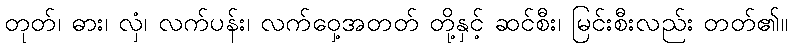
တုတ်၊ ဓား၊ လှံ၊ လက်ပန်း၊ လက်ဝှေ့အတတ် တို့နှင့် ဆင်စီး၊ မြင်းစီးလည်း တတ်၏။